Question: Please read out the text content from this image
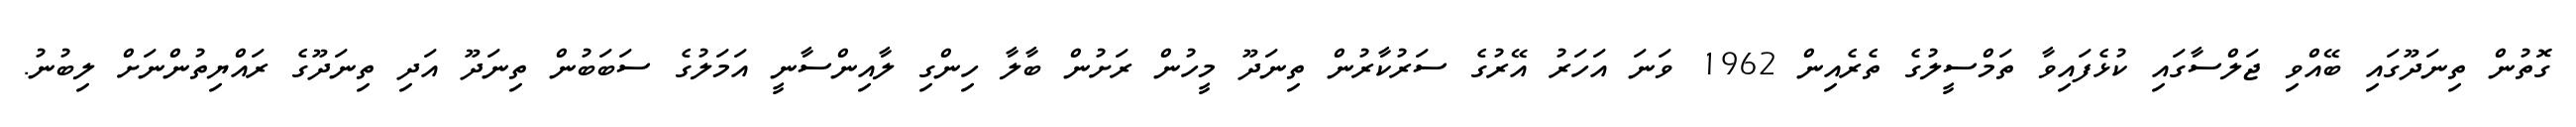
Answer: ގޮތުން ތިނަދޫގައި ބޭއްވި ޖަލްސާގައި ކުޅެފައިވާ ތަމްސީލުގެ ތެރެއިން 1962 ވަނަ އަހަރު އޭރުގެ ސަރުކާރުން ތިނަދޫ މީހުން ރަށުން ބާލާ ހިންގި ލާއިންސާނީ އަމަލުގެ ސަބަބުން ތިނަދޫ އަދި ތިނަދޫގެ ރައްޔިތުންނަށް ލިބުނު.